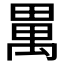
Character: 𤲳